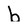
Character: b